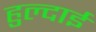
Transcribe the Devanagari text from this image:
हुल्दाई